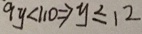
9 y < 1 1 0 \Rightarrow y \leq 1 2